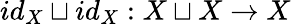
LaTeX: id_{X}\sqcup id_{X}:X\sqcup X\to X